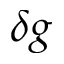
\delta g